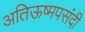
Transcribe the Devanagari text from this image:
अतिऊष्मपसंदी